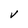
Character: V